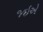
જઇએ